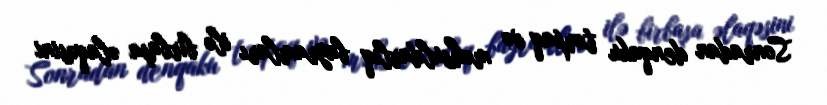
Sonradan denqaku torpaq və məhsuldarlıq bayramları ilə birbaşa əlaqəsini